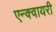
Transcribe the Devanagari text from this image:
एन्क्वायरी